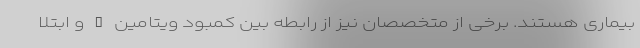
بیماری هستند. برخی از متخصصان نیز از رابطه بین کمبود ویتامین D و ابتلا